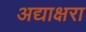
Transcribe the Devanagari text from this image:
अद्याक्षरा